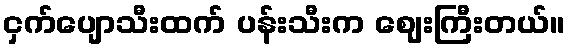
ငှက်ပျောသီးထက် ပန်းသီးက ဈေးကြီးတယ်။